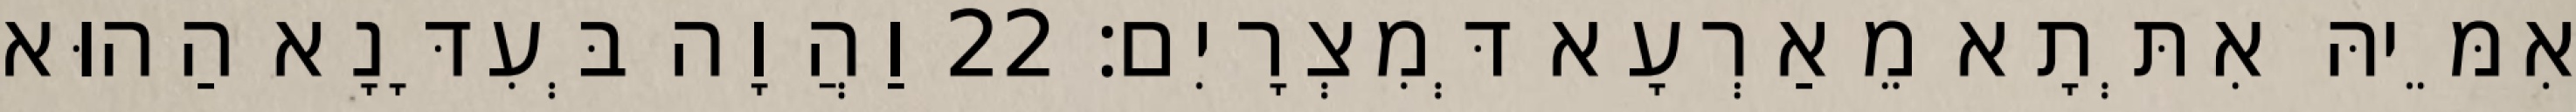
אִמֵּיהּ אִתְּתָא מֵאַרְעָא דְּמִצְרָיִם׃ 22 וַהֲוָה בְּעִדָּנָא הַהוּא